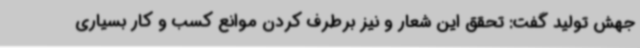
جهش تولید گفت: تحقق این شعار و نیز برطرف کردن موانع کسب و کار بسیاری